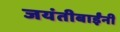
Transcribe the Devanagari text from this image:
जयंतीबाईंनी